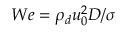
W e = { { \rho } _ { d } } u _ { 0 } ^ { 2 } D / { { { \sigma } } }